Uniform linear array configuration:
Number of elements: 16
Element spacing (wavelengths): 0.75
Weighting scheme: uniform
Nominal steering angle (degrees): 45
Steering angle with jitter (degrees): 44.311
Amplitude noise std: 0.05
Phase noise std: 0.05

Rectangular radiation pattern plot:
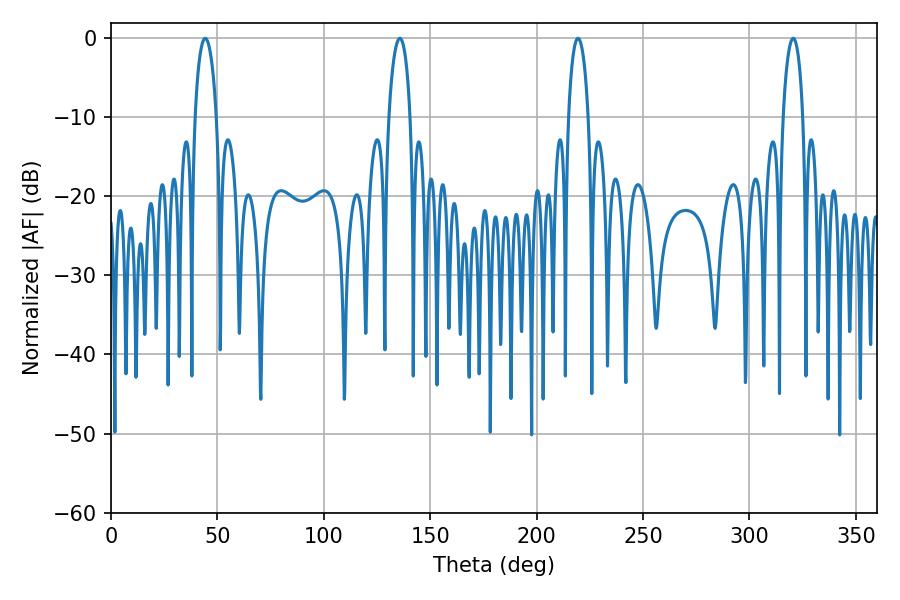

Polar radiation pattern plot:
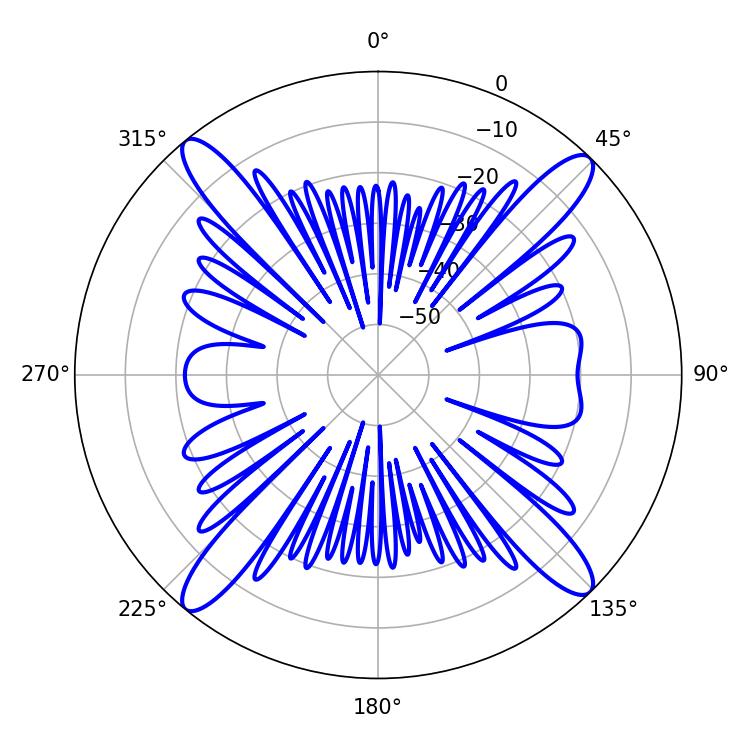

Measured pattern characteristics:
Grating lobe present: TRUE
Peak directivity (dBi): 18.859
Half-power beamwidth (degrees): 5.76
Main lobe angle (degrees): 44.28